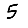
Digit: 5